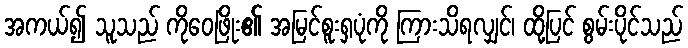
အကယ်၍ သူသည် ကိုဝေဖြိုး၏ အမြင်စူးရှပုံကို ကြားသိရလျှင်၊ ထို့ပြင် စွမ်းပိုင်သည်